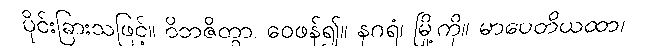
ပိုင်းခြားသဖြင့်။ ဝိဘဇိတွာ၊ ဝေဖန်၍။ နဂရံ၊ မြို့ကို။ မာပေတိယထာ၊